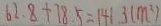
6 2 . 8 + 7 8 . 5 = 1 4 1 . 3 ( m ^ { 2 } )